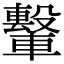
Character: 𫐁